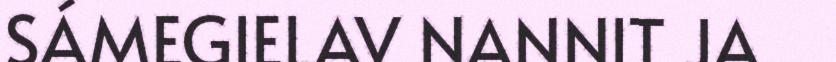
SÁMEGIELAV NANNIT JA